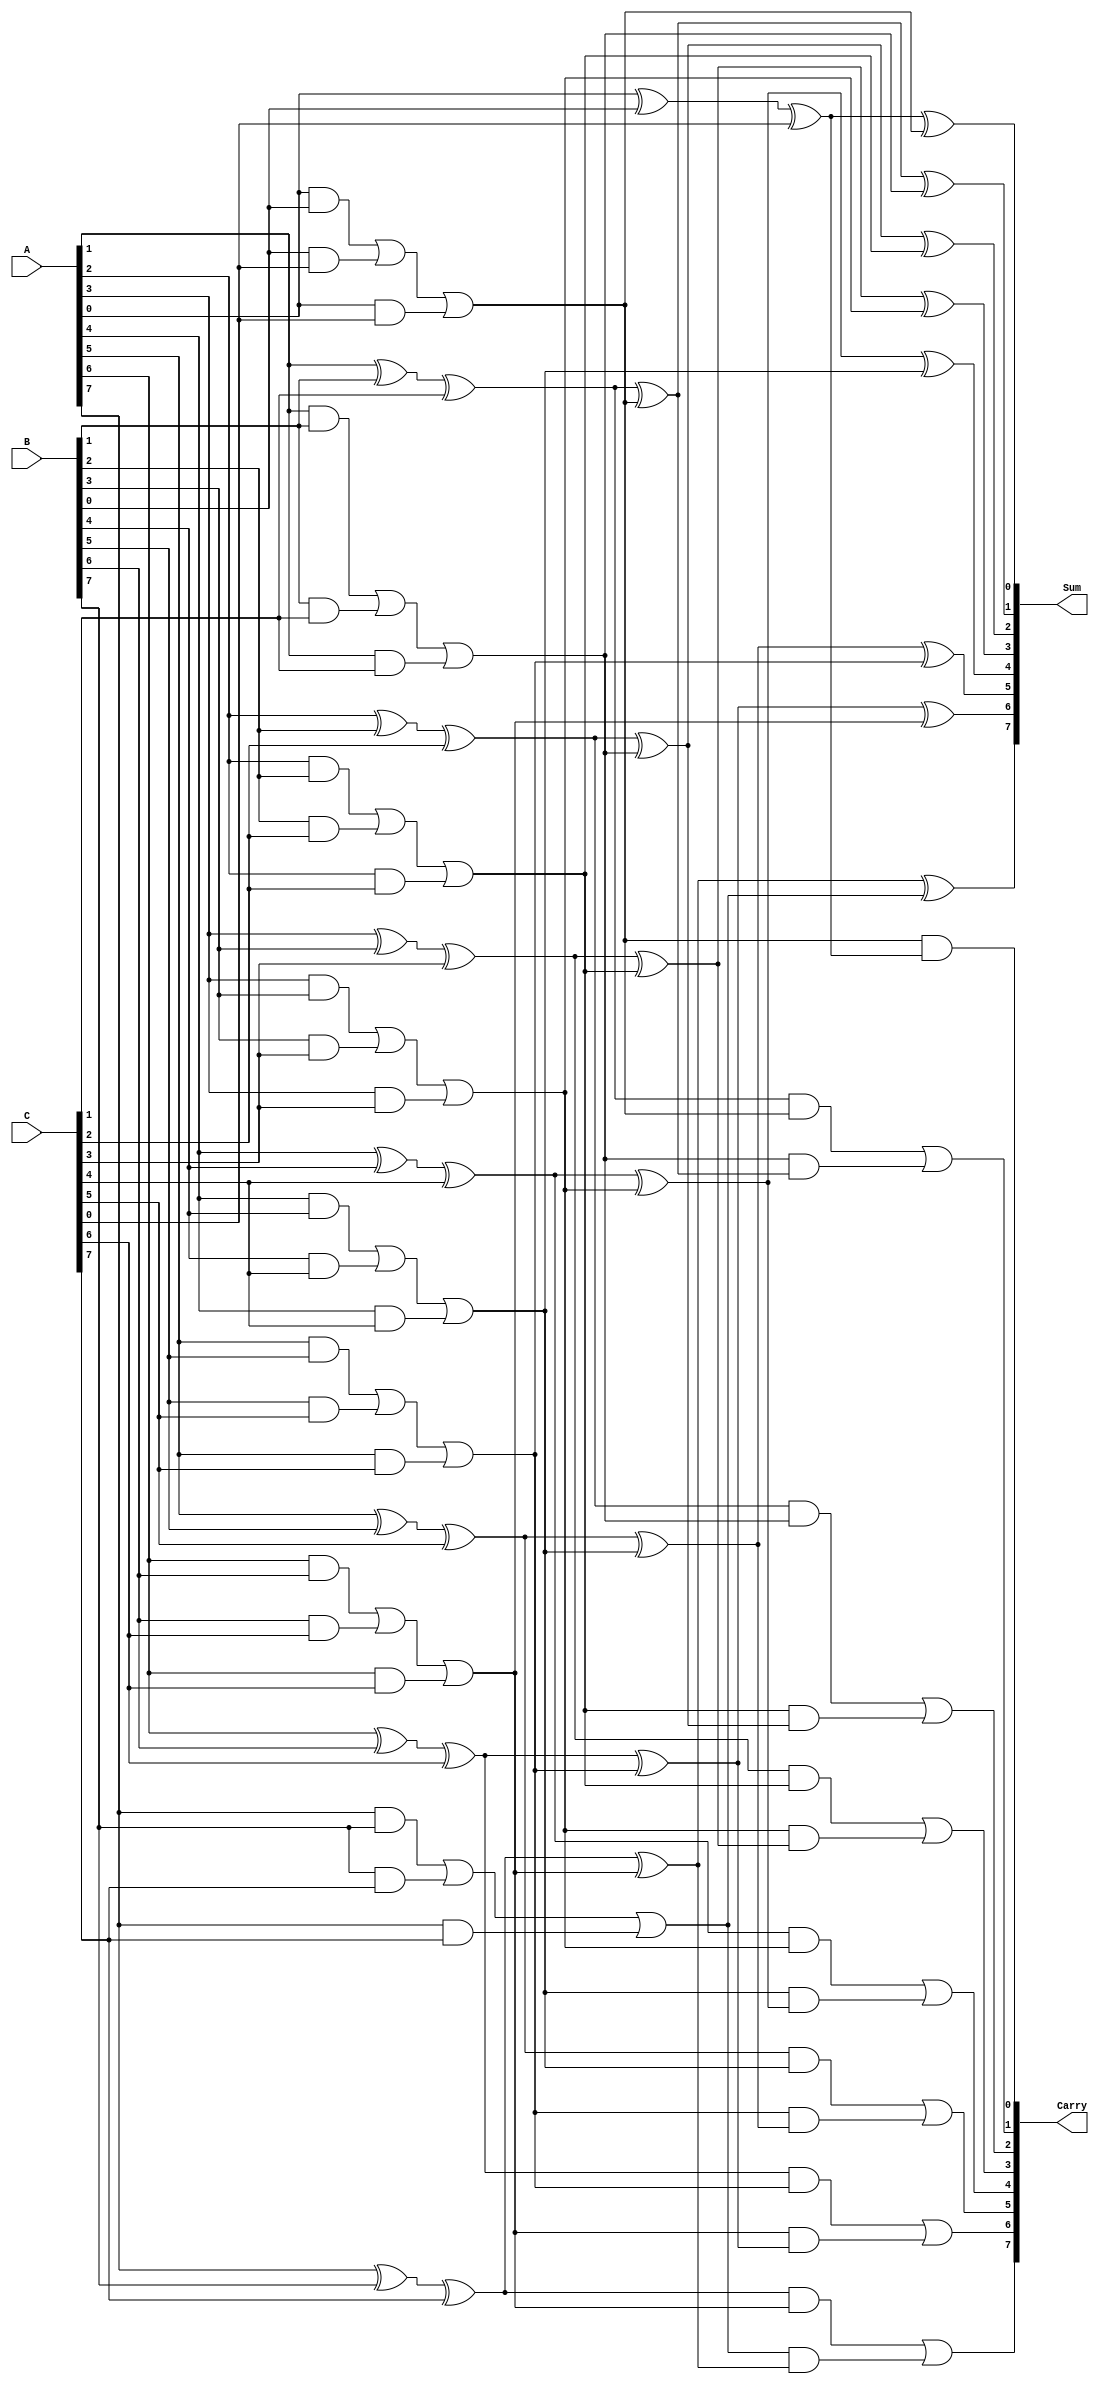
module CarrySaveAdder #(parameter N = 8) (
    input  wire [N-1:0] A,  // First Operand
    input  wire [N-1:0] B,  // Second Operand
    input  wire [N-1:0] C,  // Third Operand
    output wire [N-1:0] Sum, // Final Sum Output
    output wire [N-1:0] Carry // Final Carry Output
);

    // Intermediate sums and carries for the CSA
    wire [N-1:0] S1, S2; // Intermediate sums
    wire [N-1:0] C1, C2; // Intermediate carries

    // Full adder logic for the first stage
    genvar i;
    generate
        for (i = 0; i < N; i = i + 1) begin : FA_stage1
            wire a, b, c; // inputs to full adder
            
            // Inputs from A, B, and C
            assign a = A[i];
            assign b = B[i];
            assign c = C[i];

            // Full Adder computation
            assign S1[i] = a ^ b ^ c; // Sum output of full adder
            assign C1[i] = (a & b) | (b & c) | (a & c); // Carry output of full adder
        end
    endgenerate

    // Second stage full adders to combine the intermediate sums and carries
    generate
        for (i = 0; i < N; i = i + 1) begin : FA_stage2
            wire s1, c1, c2; // inputs to full adder
            
            // Inputs from first stage outputs
            assign s1 = S1[i];
            assign c1 = (i == 0) ? 1'b0 : C1[i-1]; // Previous carry (set to 0 for first bit)
            assign c2 = C1[i];

            // Full Adder computation
            assign S2[i] = s1 ^ c1 ^ c2; // Sum output
            assign C2[i] = (s1 & c1) | (c2 & (s1 ^ c1)); // Carry output
        end
    endgenerate

    // Final outputs
    assign Sum = S2; // Final sum output
    assign Carry = C2; // Final carry output

endmodule